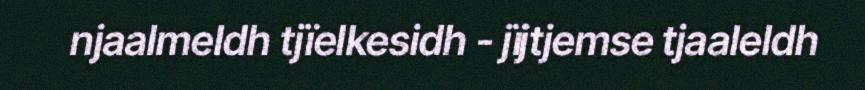
njaalmeldh tjïelkesidh - jïjtjemse tjaaleldh